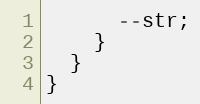
Language: C++
      --str;
    }
  }
}